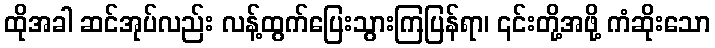
ထိုအခါ ဆင်အုပ်လည်း လန့်ထွက်ပြေးသွားကြပြန်ရာ၊ ၎င်းတို့အဖို့ ကံဆိုးသော